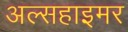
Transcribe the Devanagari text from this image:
अल्सहाइमर